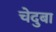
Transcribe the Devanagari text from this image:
चेदुबा